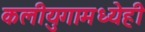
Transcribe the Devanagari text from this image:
कलीयुगामध्येही